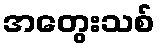
အတွေးသစ်